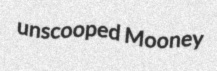
unscooped Mooney